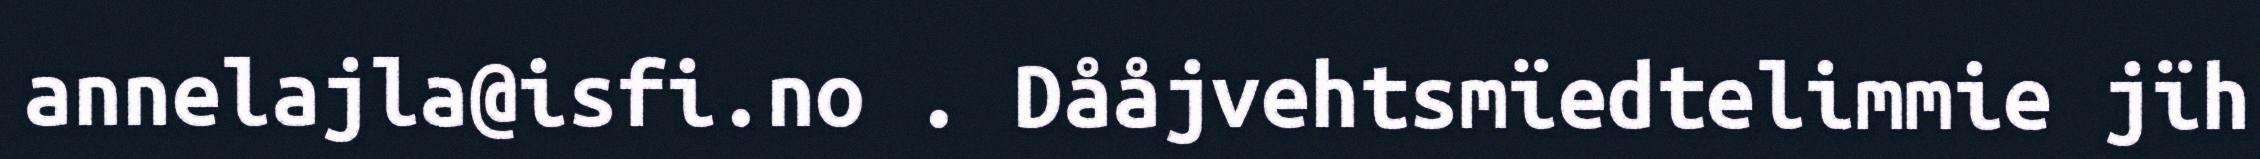
annelajla@isfi.no . Dååjvehtsmïedtelimmie jïh